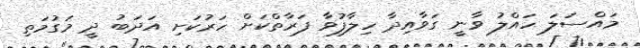
މައްސަލަ ހައްލު ވާނީ ގަވާއިދާ ހިލާފުވާ ފަރާތްކަށް ހަރުކަށި އަދަބު ދީ މަގުމަތި